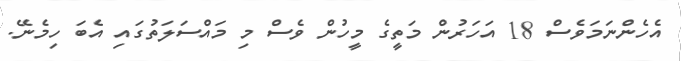
އެހެންނަމަވެސް 18 އަހަރުން މަތީގެ މީހުން ވެސް މި މައްސަލަތުގައި އެބަ ހިމެނޭ.